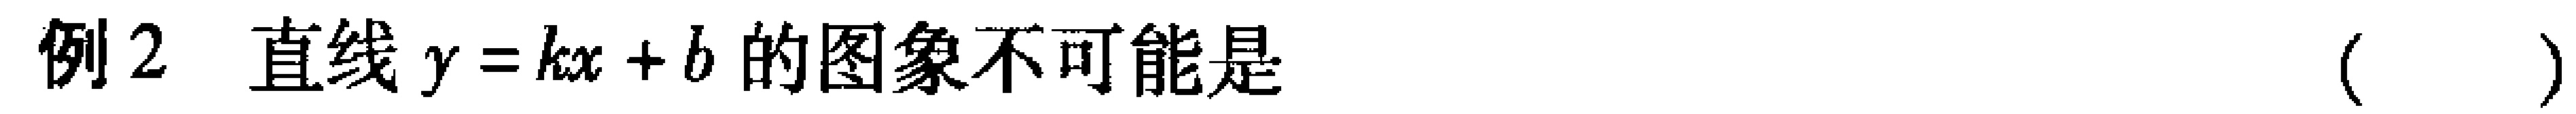
例2 直线$y = kx + b$的图象不可能是 （  ）